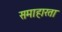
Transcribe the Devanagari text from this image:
समाहारता